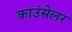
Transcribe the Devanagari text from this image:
काउंसेलर